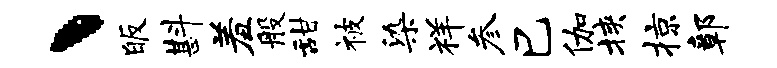
丶皈斟羞般甜被染祥参巳伽挟掠鄣